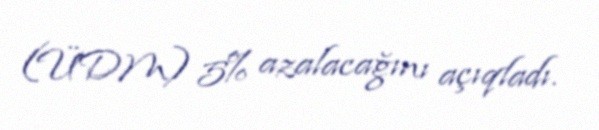
(ÜDM) 5% azalacağını açıqladı.